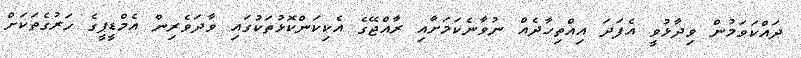
ދައްކަވަމުން ވިދާޅުވީ އެފަދަ އިއްތިހާދެއް ނުވާނެކަމަށާއި ރާއްޖޭގެ އެކިކަންކޮޅުތަކުގައި ވާދަވެރިން އެމްޑީޕީގެ ހަރުގެތަކަށް